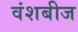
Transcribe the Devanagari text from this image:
वंशबीज